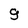
Character: 9